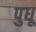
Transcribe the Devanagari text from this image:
पुधू